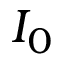
I _ { 0 }